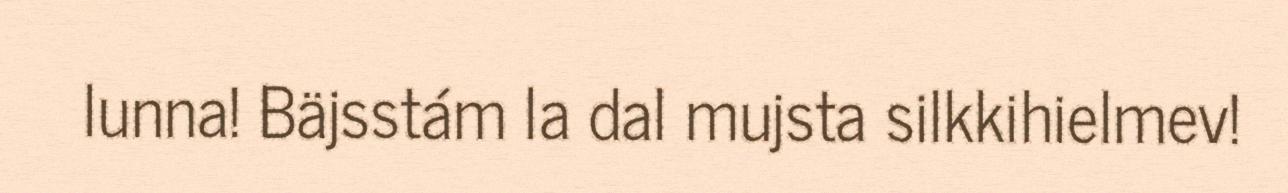
lunna! Bäjsstám la dal mujsta silkkihielmev!